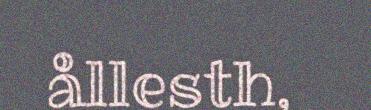
ållesth,